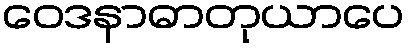
ဝေဒနာဓာတုယာပေ